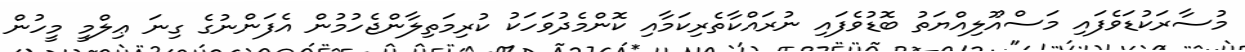
މުސާރަކުޑަވެފައި މަސްއޫލިއްޔަތު ބޮޑުވެފައި ނުރައްކާތެރިކަމާއި ކޮންމެދުވަހަކު ކުރިމަތިލާންޖެހުމުން އެފަންނުގެ ގިނަ ޢިލްމީ މީހުން